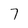
Character: 7